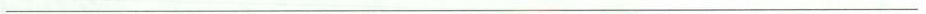
___